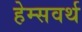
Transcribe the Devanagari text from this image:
हेम्सवर्थ